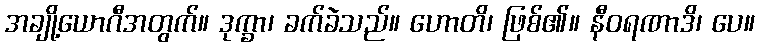
အချို့ယောဂီအတွက်။ ဒုက္ခာ၊ ခက်ခဲသည်။ ဟောတိ၊ ဖြစ်၏။ နီဝရဏာဒိ၊ ပေ။